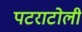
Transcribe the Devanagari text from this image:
पटराटोली